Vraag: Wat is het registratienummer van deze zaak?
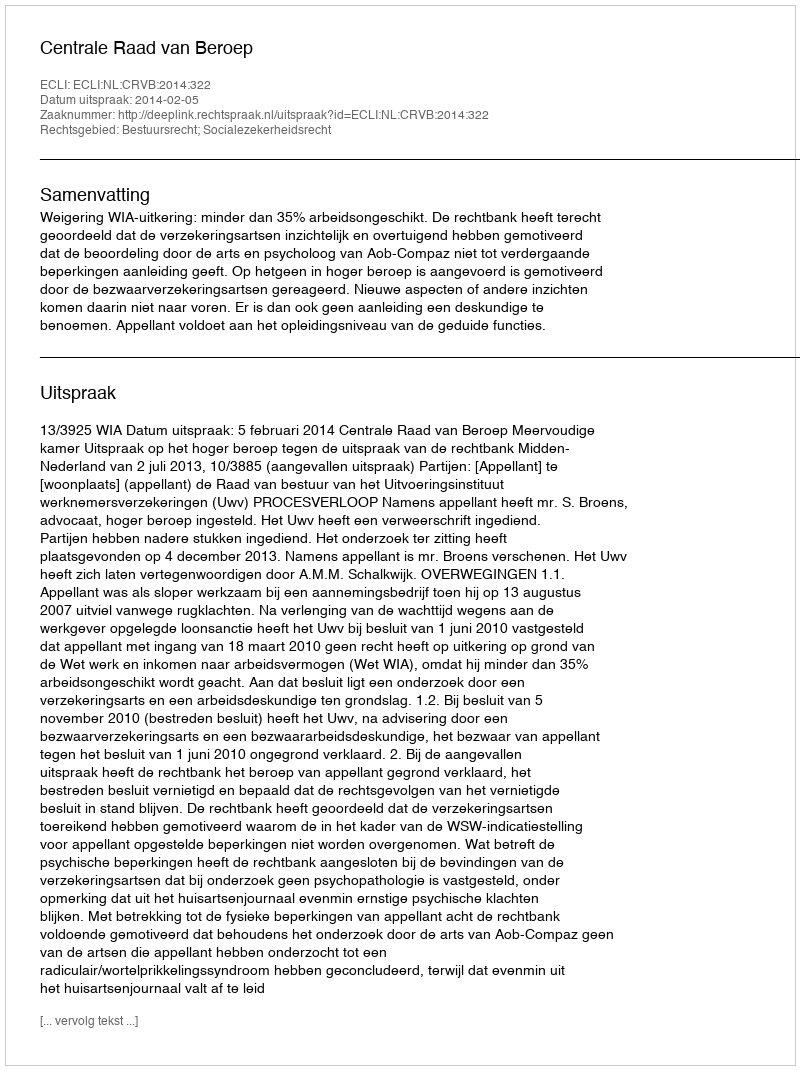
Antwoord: http://deeplink.rechtspraak.nl/uitspraak?id=ECLI:NL:CRVB:2014:322